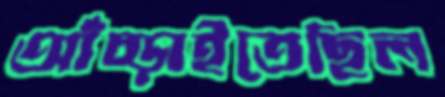
আঁচ্‌ড়াইতেছিল